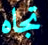
تجاه